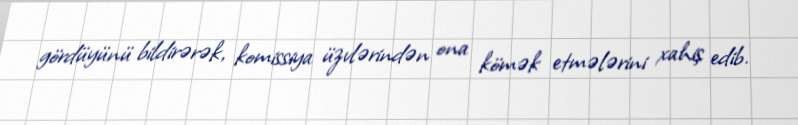
gördüyünü bildirərək, komissiya üzvlərindən ona kömək etmələrini xahiş edib.